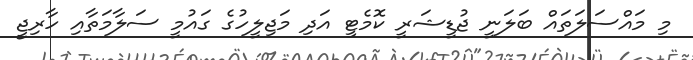
މި މައްސަލަތައް ބަލަނީ ޖުޑީޝަރީ ކޮމެޓީ އަދި މަޖިލީހުގެ ގައުމީ ސަލާމަތާއި ހާރިޖީ